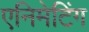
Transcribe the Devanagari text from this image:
एनिमेटिंग